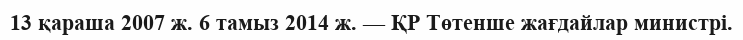
13 қараша 2007 ж. 6 тамыз 2014 ж. — ҚР Төтенше жағдайлар министрі.